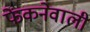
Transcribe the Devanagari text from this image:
फेंकनेवाली